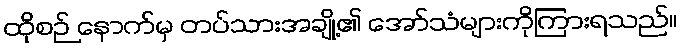
ထိုစဉ် နောက်မှ တပ်သားအချို့၏ အော်သံများကိုကြားရသည်။